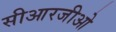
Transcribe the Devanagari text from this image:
सीआरजीओ